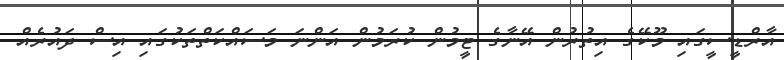
އާރްޑީސީގައި މޫކޭގެ އިތުރުން އޭނާގެ ޓީމުން ކުރަމުން އަންނަ މަސައްކަތްތަކުގައި އިސް ދައުރެއް